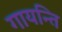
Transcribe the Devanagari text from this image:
गायन्ति